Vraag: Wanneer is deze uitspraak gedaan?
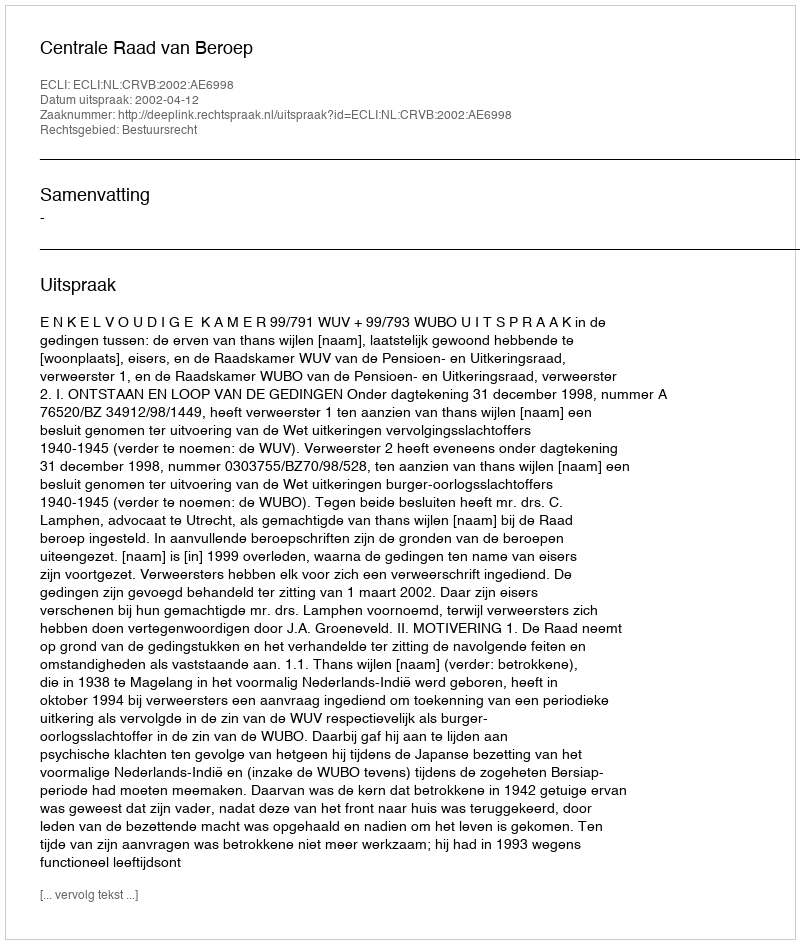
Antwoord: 2002-04-12